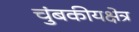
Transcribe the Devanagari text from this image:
चुंबकीयक्षेत्र